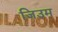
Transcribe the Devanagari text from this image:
जिउम